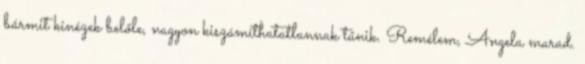
bármit kinézek belőle, nagyon kiszámíthatatlannak tűnik. Remélem, Angela marad.